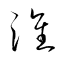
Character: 淮